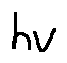
h v